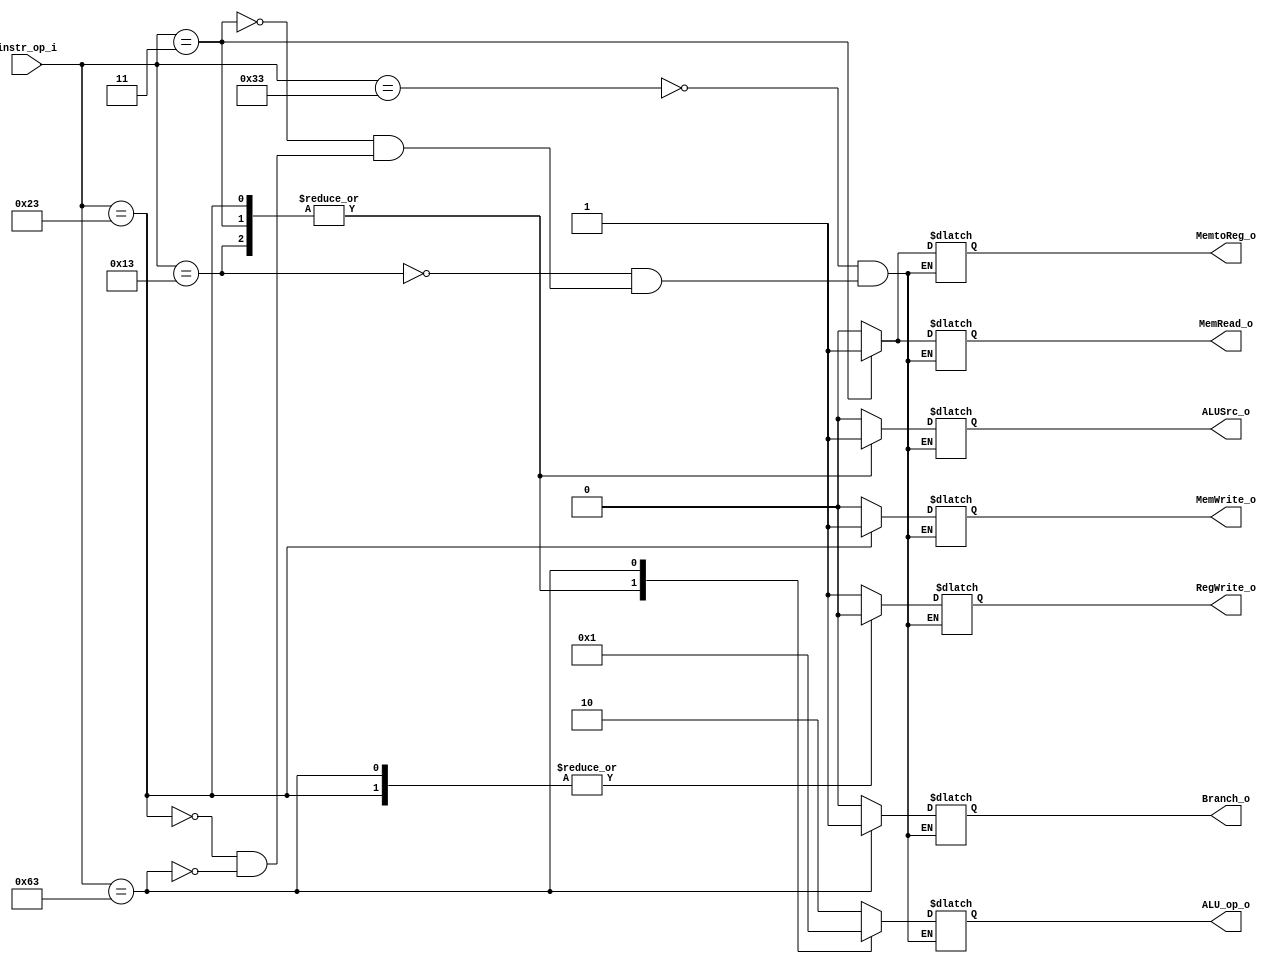
module Control(
    instr_op_i,
	RegWrite_o,
	ALU_op_o,
	ALUSrc_o,
	Branch_o,
	MemWrite_o,
	MemRead_o,
	MemtoReg_o
	);
     
//I/O ports
input  [7-1:0] instr_op_i;

output         RegWrite_o;
output [2-1:0] ALU_op_o;
output         ALUSrc_o;
output         Branch_o;
output		   MemWrite_o;
output		   MemRead_o;
output		   MemtoReg_o;
 
//Internal Signals
reg    [2-1:0] ALU_op_o;
reg            ALUSrc_o;
reg            RegWrite_o;
reg            Branch_o;
reg			   MemWrite_o;
reg			   MemRead_o;
reg			   MemtoReg_o;

//Parameter

//Main function
always @(*) begin
	case(instr_op_i)
		7'b0110011: begin // ADD SUB AND OR SLT
			ALU_op_o = 2'b10;
			ALUSrc_o = 1'b0;
			RegWrite_o = 1'b1;
			Branch_o = 1'b0;
			MemWrite_o = 1'b0;
			MemRead_o = 1'b0;
			MemtoReg_o = 1'b0;
		end
		7'b0010011: begin // ADDI SLTI ??
			ALU_op_o = 2'b00;
			ALUSrc_o = 1'b1;
			RegWrite_o = 1'b1;
			Branch_o = 1'b0;
			MemWrite_o = 1'b0;
			MemRead_o = 1'b0;
			MemtoReg_o = 1'b0;
		end
		7'b0000011: begin // LD
			ALU_op_o = 2'b00;
			ALUSrc_o = 1'b1;
			RegWrite_o = 1'b1;
			Branch_o = 1'b0;
			MemWrite_o = 1'b0;
			MemRead_o = 1'b1;
			MemtoReg_o = 1'b1;
		end
		7'b0100011: begin // SD
			ALU_op_o = 2'b00;
			ALUSrc_o = 1'b1;
			RegWrite_o = 1'b0;
			Branch_o = 1'b0;
			MemWrite_o = 1'b1;
			MemRead_o = 1'b0;
			MemtoReg_o = 1'bx;
		end
		7'b1100011: begin // BEQ
			ALU_op_o = 2'b01;
			ALUSrc_o = 1'b0;
			RegWrite_o = 1'b0;
			Branch_o = 1'b1;
			MemWrite_o = 1'b0;
			MemRead_o = 1'b0;
			MemtoReg_o = 1'bx;
		end
		default: begin
		end
	endcase
end


endmodule